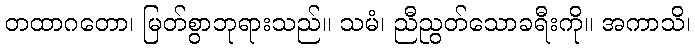
တထာဂတော၊ မြတ်စွာဘုရားသည်။ သမံ၊ ညီညွတ်သောခရီးကို။ အကာသိ၊